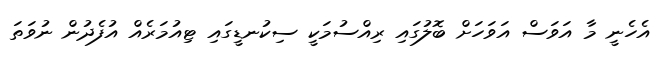
އެހެނީ މާ އަވަސް އަވަހަށް ބޮލުގައި ރިއްސުމަކީ ސިކުނޑީގައި ޓިއުމަރެއް އުފެދުން ނުވަތަ